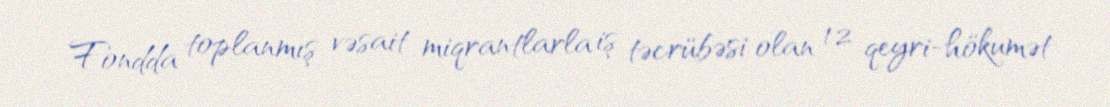
Fondda toplanmış vəsait miqrantlarla iş təcrübəsi olan 12 qeyri-hökumət